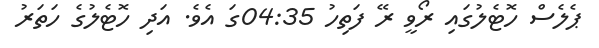
ޕެލެސް ހޮޓެލުގައި ރޯވީ ރޭ ފަތިހު 04:35ގަ އެވެ. އަދި ހޮޓެލުގެ ހަތަރު